Indian journal of veterinary science and animal husbandry - Volumes 24-25, 1954-1955
Year: 1954
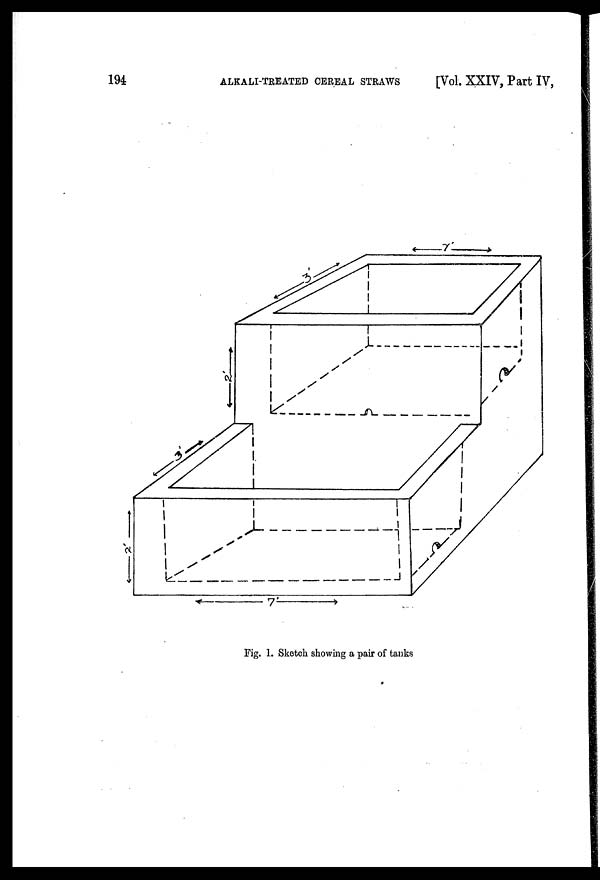
194
ALKALI-TREATED CEREAL STRAWS
[Vol. XXIV, Part IV,
Fig. 1. Sketch showing a pair of tanks